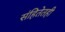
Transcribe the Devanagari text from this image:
संहितेतही